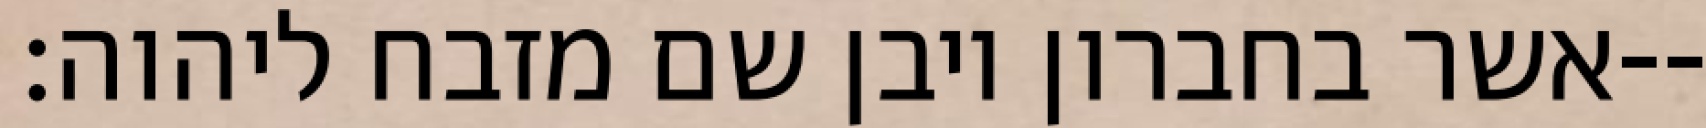
אשר בחברון ויבן שם מזבח ליהוה׃--